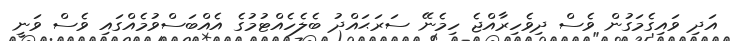
އަދި ވައިގެމަގުން ވެސް ދިވެހިރާއްޖެ ހިމެނޭ ސަރަޙައްދު ބެލެހެއްޓުމުގެ އެއްބަސްވުމެއްގައި ވެސް ވަނީ